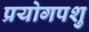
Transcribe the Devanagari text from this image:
प्रयोगपशु